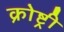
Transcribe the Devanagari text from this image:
क्रोष्ट्री